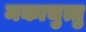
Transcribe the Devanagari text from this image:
मकाचुत्तु